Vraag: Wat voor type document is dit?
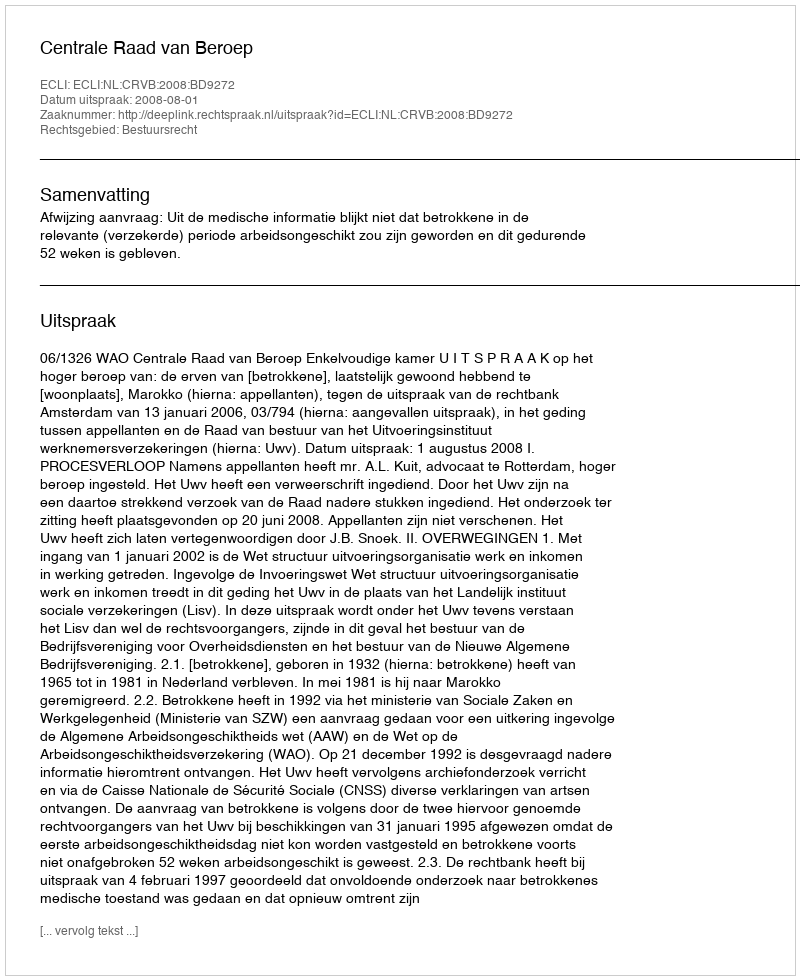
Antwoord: Uitspraak